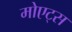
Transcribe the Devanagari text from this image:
मोएट्स